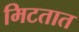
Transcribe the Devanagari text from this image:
मिटतात